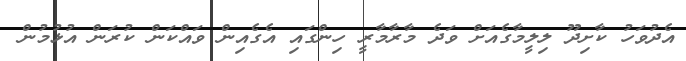
އެދުވަހު ކާށިދޫ ލިލީމާގެއަށް ވަދެ މާރާމާރީ ހިންގައި އެގެއިން ވައްކަން ކުރަން އުޅުމުން